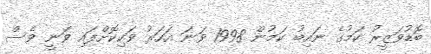
ބޮޑުވަޒީރު ކަމުގެ ނައިބު ކަމުން 1998 ވަނަ އަހަރު ވަކިކޮށްފައި ވަނީ ވެސް